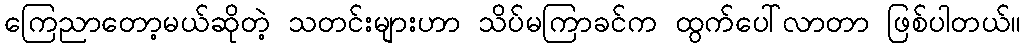
ကြေညာတော့မယ်ဆိုတဲ့ သတင်းများဟာ သိပ်မကြာခင်က ထွက်ပေါ်လာတာ ဖြစ်ပါတယ်။